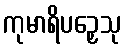
ကုမာရိပဉှေသု